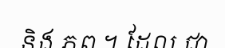
និង ភព ។ ដែល ជា